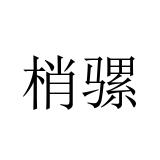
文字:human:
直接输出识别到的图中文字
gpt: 梢骡